Insane asylums in Bengal annual reports 1867-1875 - 1867-1875
Year: 1867
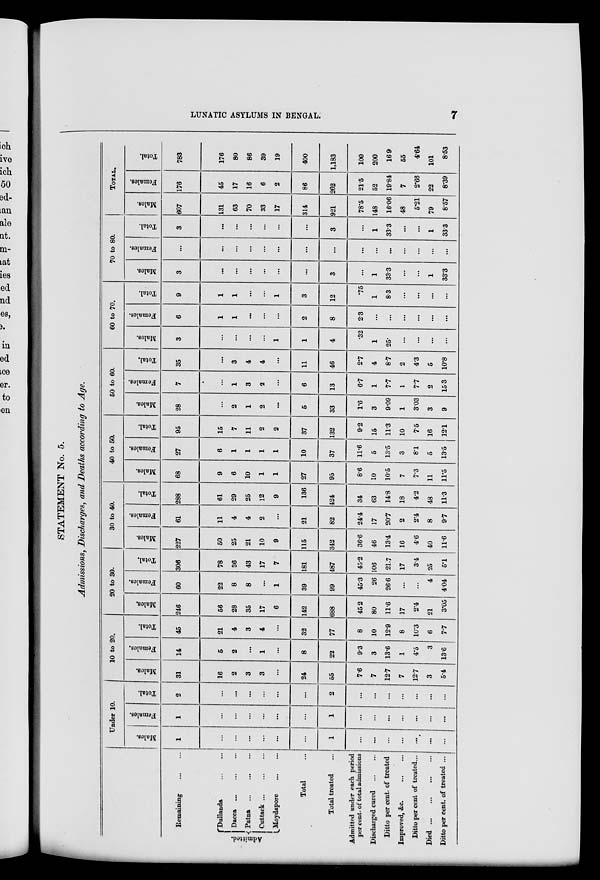
LUNATIC ASYLUMS IN BENGAL.
7
STATEMENT No. 5.
Admissions, Discharges, and Deaths according to Age.
Remaining
...
...
Admitted.
Dullanda
...
...
Dacca
... ... ...
Patna ... ... ...
Cuttack
...
...
...
Moydapore ...
...
Total ...
Total treated ...
Admitted under each period
per cent. of total admissions
Discharged cured
... ...
Ditto per cent. of treated
Improved, &c.
Ditto per cent of treated...
Died
...
...
...
Ditto per cent. of treated ...
Under 10.
Males.
1
...
...
...
...
...
...
1
...
...
...
...
...
...
...
Females.
1
...
...
...
...
...
...
1
...
...
...
...
...
...
...
Total.
2
...
...
...
...
...
...
2
...
...
...
...
...
...
...
10 to 20.
Males.
31
16
2
3
3
...
24
55
7.6
7
12.7
7
12.7
3
5.4
Females.
14
5
2
...
1
...
8
22
9.3
3
13.6
1
4.5
3
13.6
Total.
45
21
4
3
4
...
32
77
8
10
12.9
8
10.3
6
7.7
20 to 30.
Males.
246
56
28
35
17
6
142
688
45 2
80
11.6
17
2.4
21
3.05
Females.
60
22
8
8
...
1
39
99
45.3
26
26.6
...
...
4
4.04
Total.
306
78
36
43
17
7
181
487
45.2
106
21.7
17
3.4
25
5.1
30 to 40.
Males.
227
50
25
21
10
9
115
342
36.6
46
13.4
16
4.6
40
11.6
Females.
61
11
4
4
2
...
21
82
24.4
17
20.7
2
2.4
8
9.7
Total.
288
61
29
25
12
9
136
424
34
63
14.8
18
4.2
48
11.3
40 to 50.
Males.
68
9
6
10
1
1
27
95
8.6
10
10.5
7
7.3
11
11.5
Females.
27
6
1
1
1
1
10
37
11.6
5
13.5
3
8.1
5
13.5
Total.
95
15
7
11
2
2
37
132
9.2
15
11.3
10
7.5
16
12.1
50 to 60.
Males.
28
...
2
1
2
...
5
33
1.6
3
9.09
1
3.03
3
9
Females.
7
...
1
3
2
...
6
13
6.7
1
7.7
1
7.7
2
15.3
Total.
35
...
3
4
4
...
11
46
2.7
4
8.7
2
4.3
5
10.8
60 to 70.
Males.
3
...
...
...
...
1
1
4
.32
1
25.
...
...
...
...
Females.
6
1
1
...
...
...
2
8
2.3
...
...
...
...
...
...
Total.
9
1
1
...
...
1
3
12
.75
1
8.3
...
...
...
...
70 to 80.
Males.
3
...
...
...
...
...
...
3
...
1
33.3
...
...
1
33.3
Females.
...
...
...
...
...
...
...
...
...
...
...
...
...
...
...
Total.
3
...
...
...
...
...
...
3
...
1
33.3
...
...
1
33.3
TOTAL.
Males.
607
131
63
70
33
17
314
921
78.5
148
16.06
48
5.21
79
8.57
Females.
176
45
17
16
6
2
86
262
21.5
52
19.84
7
2.66
22
8.39
Total.
783
176
80
86
39
19
400
1,183
100
200
16 9
55
4.64
101
8.53